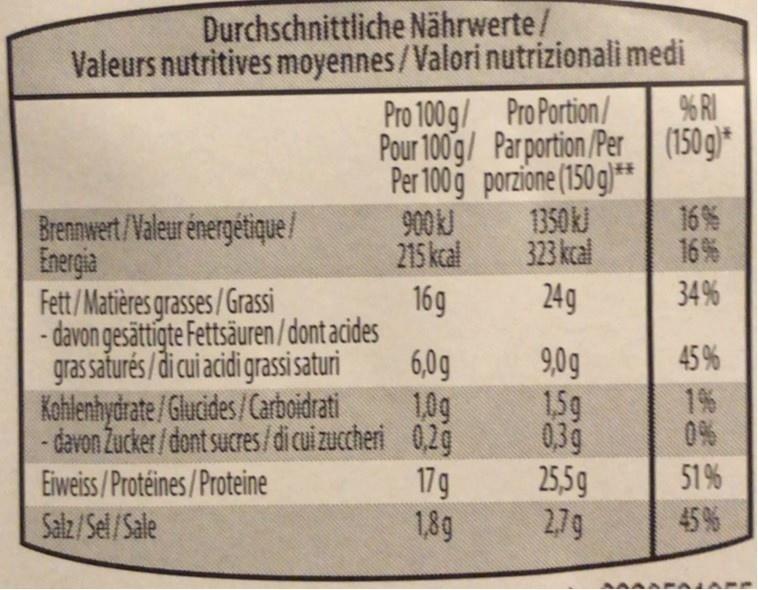
Durchschnittliche Nährwerte/
Valeurs nutritives moyennes/Valori nutrizionali medi % RI
Pro 100 g/ ProPortion/ Pour 100g/ Parportion /Per (150g)* Per 100g porzione (150 g)*"* 16 %
1350 kJ
Brennwert/Valeur énergétique/ Energia Fett/Matières grasses/Grassi
900KJ 215 kcal
323 kcal
16 %
24g
34%
16g - davon gesättigte Fettsäuren/dont acides 6,0g 1,0g -davon Zucker/dont sucres/di cui zuccheri 0,2g 17g 1,8g
45 %
gras saturés /di cui acidi grassi saturi Kohilenhydrate / Glucides/Carboidrati
9,0g 1.5g
1% 0%
0,39 25,5g 2,7g
51 %
Eiweiss/Protéines/Proteine Salz/Sel/Sale
45 %
湖